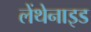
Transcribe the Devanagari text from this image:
लेंथेनाइड